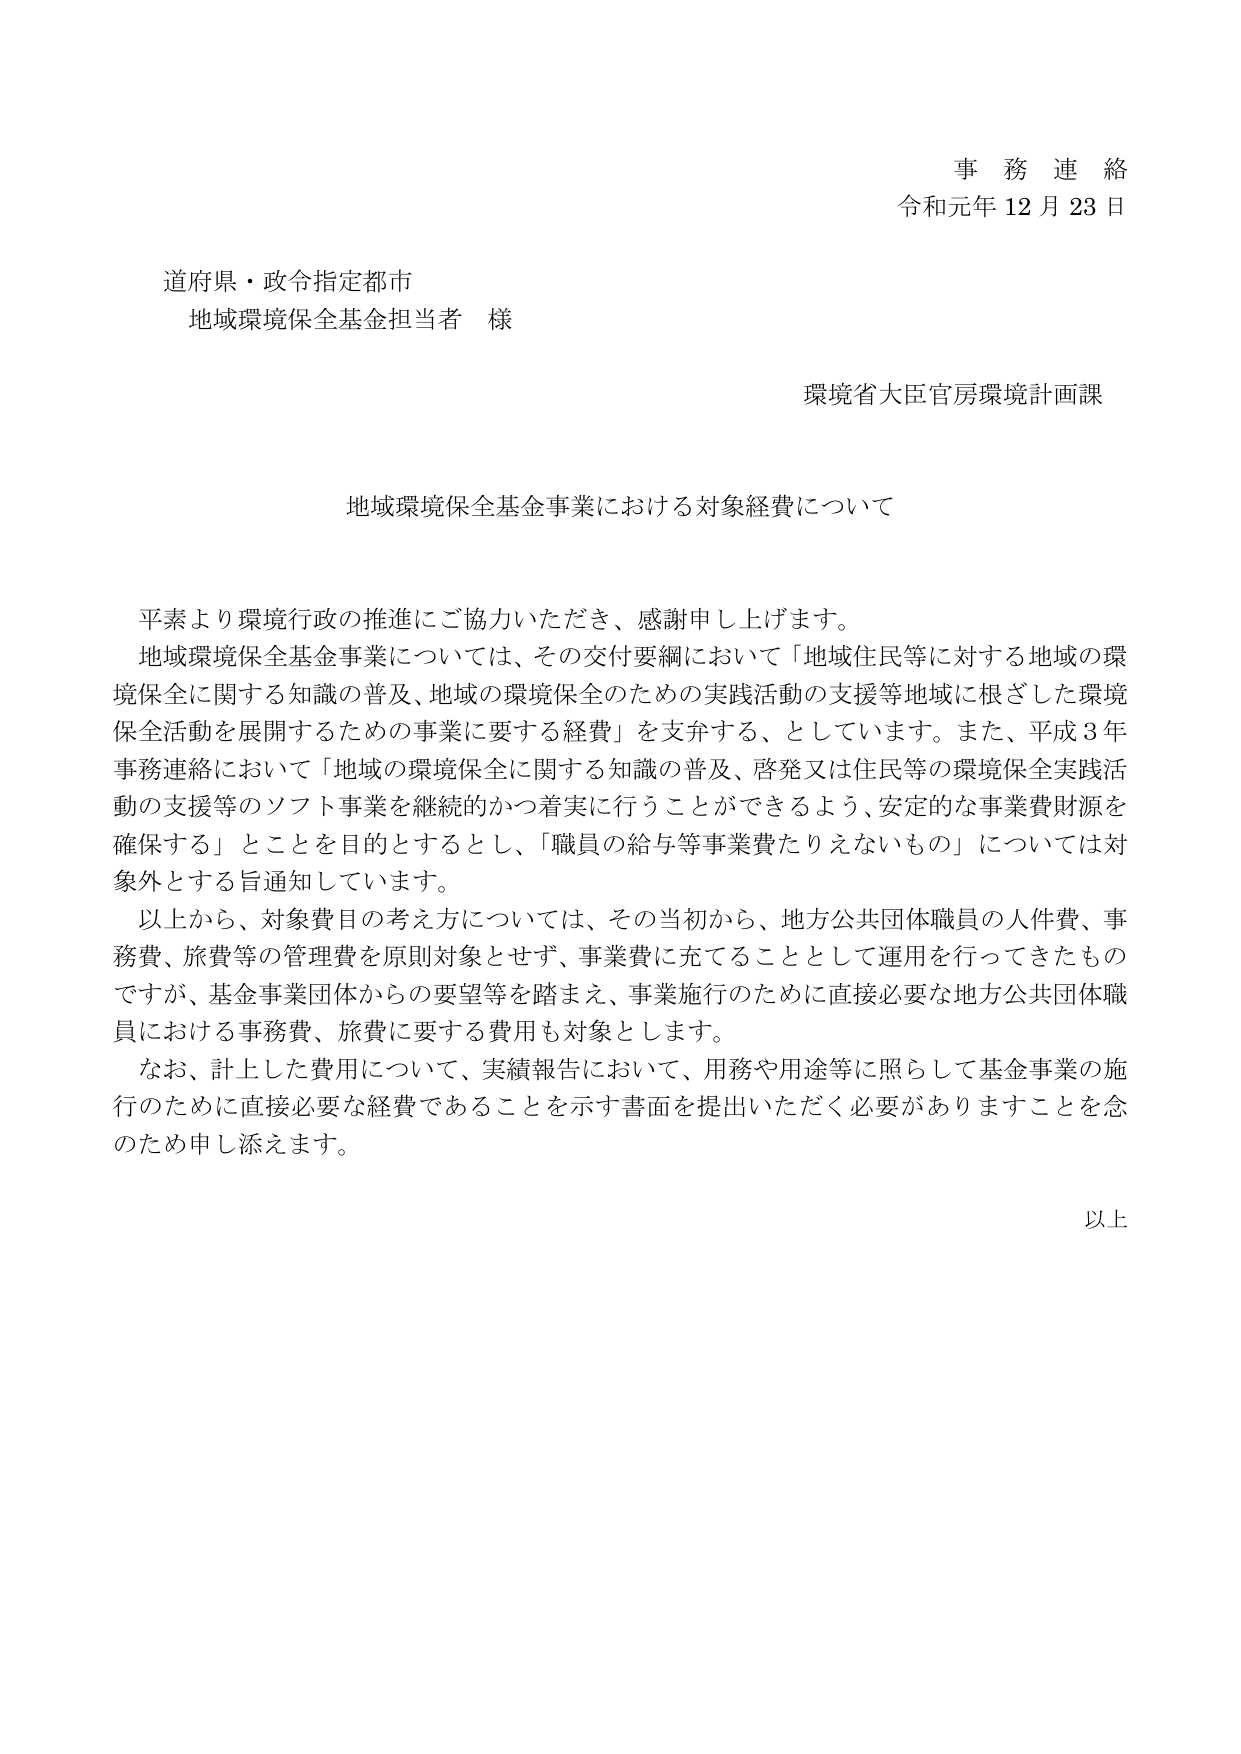
事務連絡
令和元年12月23日

道府県・政令指定都市
地域環境保全基金担当者 様

環境省大臣官房環境計画課

地域環境保全基金事業における対象経費について

平素より環境行政の推進にご協力いただき、感謝申し上げます。
地域環境保全基金事業については、その交付要綱において「地域住民等に対する地域の環境保全に関する知識の普及、地域の環境保全のための実践活動の支援等地域に根ざした環境保全活動を展開するための事業に要する経費」を支弁する、としています。また、平成3年事務連絡において「地域の環境保全に関する知識の普及、啓発又は住民等の環境保全実践活動の支援等のソフト事業を継続的かつ着実に行うことができるよう、安定的な事業費財源を確保する」とことを目的とするとし、「職員の給与等事業費たりえないもの」については対象外とする旨通知しています。
以上から、対象費目の考え方については、その当初から、地方公共団体職員の人件費、事務費、旅費等の管理費を原則対象とせず、事業費に充てることとして運用を行ってきたものですが、基金事業団体からの要望等を踏まえ、事業施行のために直接必要な地方公共団体職員における事務費、旅費に要する費用も対象とします。
なお、計上した費用について、実績報告において、用務や用途等に照らして基金事業の施行のために直接必要な経費であることを示す書面を提出いただく必要がありますことを念のため申し添えます。

以上